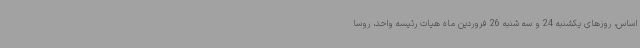
اساس، روزهای یکشنبه 24 و سه شنبه 26 فروردین ماه هیات رئیسه واحد، روسا